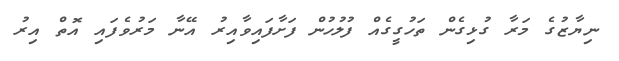
ނިޔާޒުގެ މަރާ ގުޅިގެން ތަހުގީގެއް ފުލުހުން ފަށާފައިވާއިރު އޭނާ މަރުވެފައި އޮތް އިރު